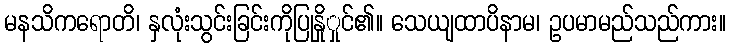
မနသိကရောတိ၊ နှလုံးသွင်းခြင်းကိုပြုနှိုှုင်၏။ သေယျထာပိနာမ၊ ဥပမာမည်သည်ကား။